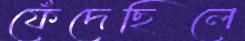
ফেঁদেছিলে